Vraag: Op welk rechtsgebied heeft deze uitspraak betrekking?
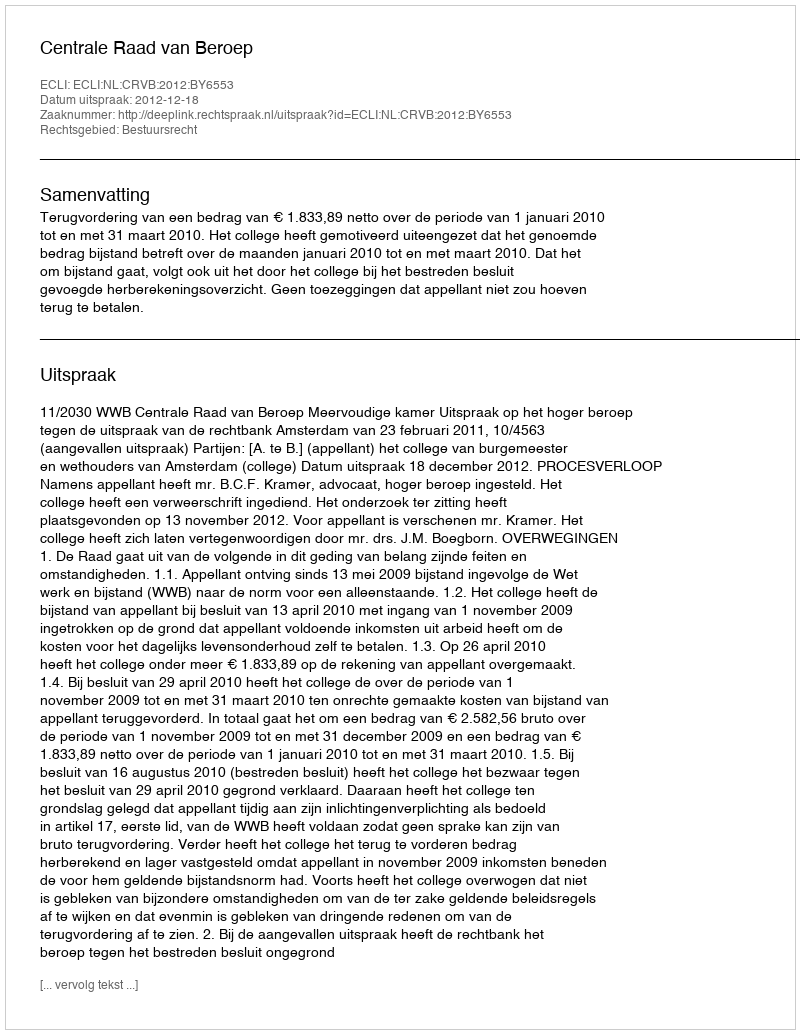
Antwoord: Bestuursrecht